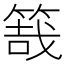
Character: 𥯒